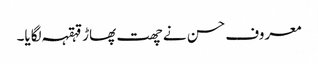
معروف حسن نے چھت پھاڑ قہقہہ لگایا۔